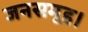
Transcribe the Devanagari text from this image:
जनसमूह।